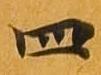
四